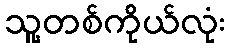
သူ့တစ်ကိုယ်လုံး